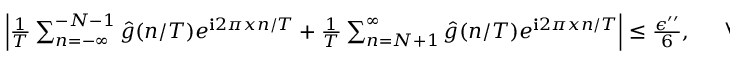
\begin{array} { r l } { \left| \frac { 1 } { T } \sum _ { n = - \infty } ^ { - N - 1 } \hat { g } ( n / T ) e ^ { \mathbf { i } 2 \pi x n / T } + \frac { 1 } { T } \sum _ { n = N + 1 } ^ { \infty } \hat { g } ( n / T ) e ^ { \mathbf { i } 2 \pi x n / T } \right| \le \frac { \epsilon ^ { \prime \prime } } { 6 } , ~ } & { { } ~ \forall x \in \mathbb { R } . } \end{array}